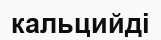
кальцийді